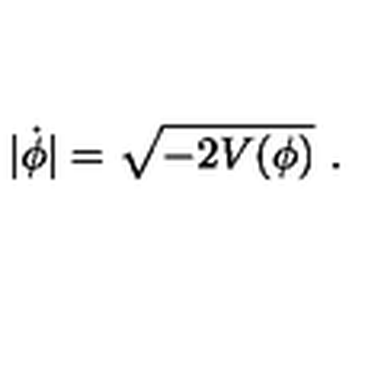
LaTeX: | \dot { \phi } | = \sqrt { - 2 V ( \phi ) } \ .